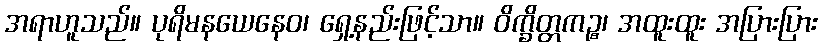
အရာဟူသည်။ ပုရိမနယေနေဝ၊ ရှေ့နည်းဖြင့်သာ။ ဝိက္ခိတ္တကဉ္စ၊ အထူးထူး အပြားပြား